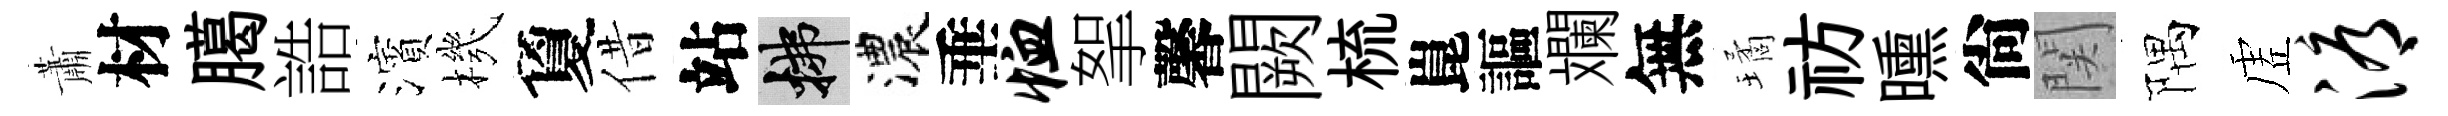
蕭材臈誥濱機夐借站拂濃垂恤挐馨闕梳崑謳斕無璚祊曛尙関隅虗溽